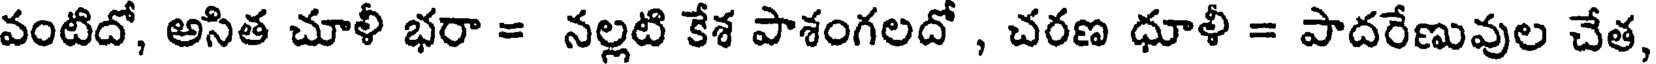
వంటిదో, అసిత చూళీ భరా = నల్లటి కేశ పాశంగలదో , చరణ ధూళీ = పాదరేణువుల చేత,